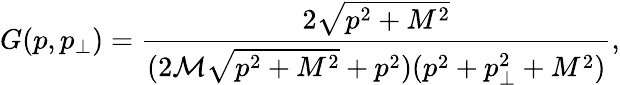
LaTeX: G(p,p_{\perp})=\frac{2\sqrt{p^{2}+M^{2}}}{(2\mathcal{M}\sqrt{p^{2}+M^{2}}+p^{2})(p^{2}+p_{\perp}^{2}+M^{2})},